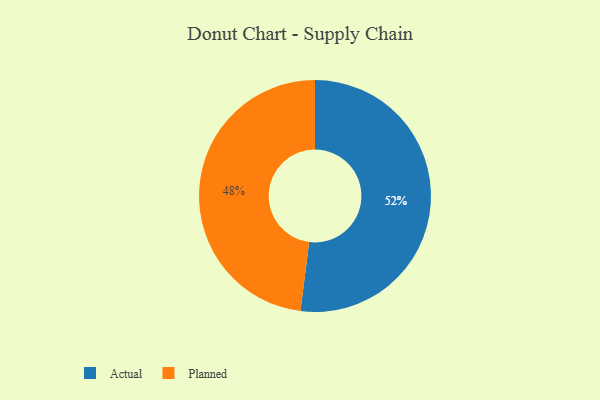
{"axis": {"x": "Category", "y": "Percentage"}, "legend": ["Actual", "Planned"], "data": [{"x": "Actual", "y": 52, "type": "Actual"}, {"x": "Planned", "y": 48, "type": "Planned"}]}